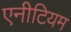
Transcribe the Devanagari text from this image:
एनीटियम